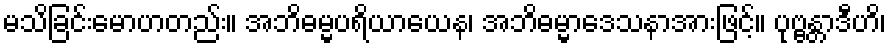
မသိခြင်းမောဟတည်း။ အဘိဓမ္မပရိယာယေန၊ အဘိဓမ္မာဒေသနာအားဖြင့်။ ပုဗ္ဗန္တာဒီဟိ၊